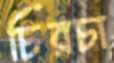
চিরচা